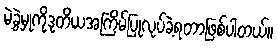
မဲခွဲမှုကိုဒုတိယအကြိမ်ပြုလုပ်ခဲ့ရတာဖြစ်ပါတယ်။